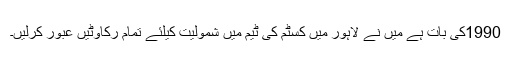
1990کی بات ہے میں نے لاہور میں کسٹم کی ٹیم میں شمولیت کیلئے تمام رکاوٹیں عبور کرلیں۔